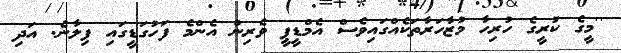
''މީގެ ކުރީގެ ހުރިހާ މުޒާހަރާތަކެއްގައިވެސް އެމްޑީޕީ ވެރިން އެންމެ ފަހުގަޑީގައި ފިލާނެ. އަދި